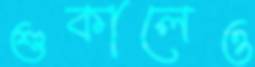
শুকালেও